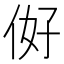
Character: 𱎭